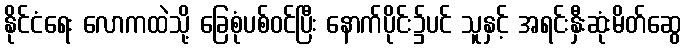
နိုင်ငံရေး လောကထဲသို့ ခြေစုံပစ်ဝင်ပြီး နောက်ပိုင်း၌ပင် သူနှင့် အရင်းနှီးဆုံးမိတ်ဆွေ